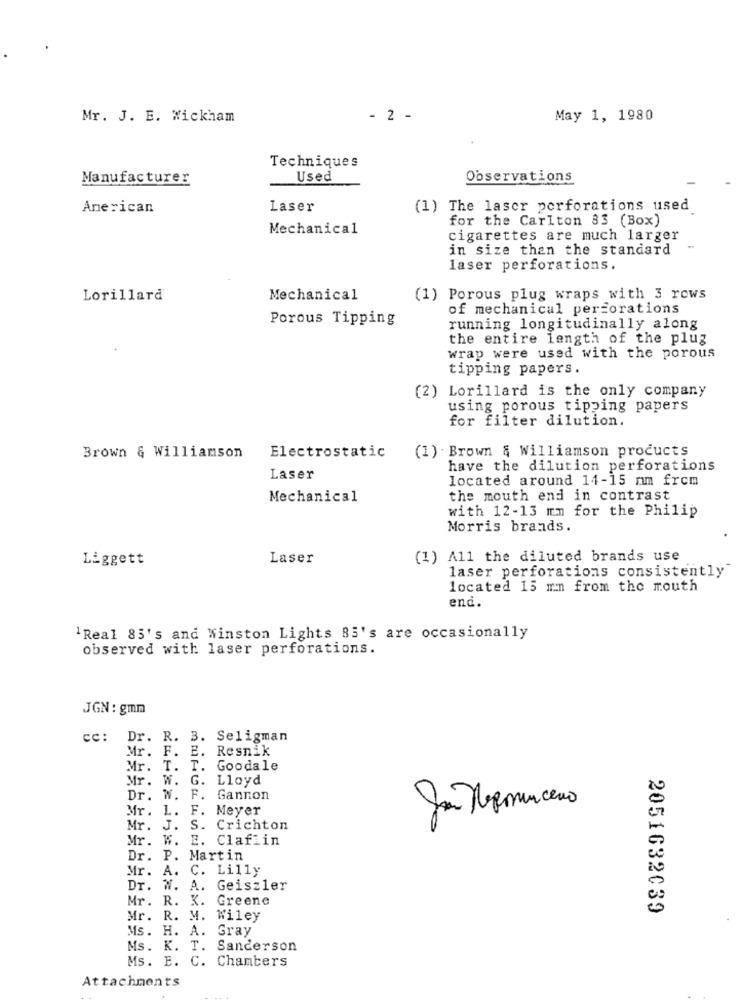
Mr. J. E. Wickham
- 2 -
May 1, 1980
Techniques
Manufacturer
Used
Observations
American
Laser
(1) The laser perforations used
for the Carlton 83 (Box)
Mechanical
cigarettes are much larger
in size than the standard
laser perforations.
Lorillard
Mechanical
(1) Porous plug wraps with 3 rows
of mechanical perforations
Porous Tipping
running longitudinally along
the entire length of the plug
wrap were used with the porous
tipping papers.
(2) Lorillard is the only company
using porous tipping papers
for filter dilution.
Electrostatic
Brown & Williamson
(1) Brown & Williamson products
have the dilution perforations
Laser
located around 14-15 mm from
Mechanical
the mouth end in contrast
with 12-13 mm for the Philip
Morris brands.
Liggett
Laser
(1) All the diluted brands use
laser perforations consistently
located 15 mn from the mouth
end.
'Real 85's and Winston Lights 83's are occasionally
observed with laser perforations.
JGN: gmm
cc: Dr. R. 3. Seligman
Mr. F. E.
Resnik
Mr. T. T.
Goodale
Mr. W. G.
Lloyd
Dr. W. F.
Gannon
Mr. L.
F.
Meyer
Mr. J. S. Crichton
Mr. W. I
E. Claflin
Dr. P. Martin
Mr. A. C. Lilly
Dr. W. A. Geiszler
Mr. R. K. Greene
2051632039
Mr. R. M. Wiley
Ms. H. A.
Gray
Ms. K. T. Sanderson
Ms. E. C. Chambers
Attachments